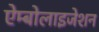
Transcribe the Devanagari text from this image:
ऐम्बोलाइजेशन